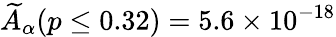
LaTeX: \widetilde{A}_{\alpha}(p\leq 0.32)=5.6\times 10^{-18}